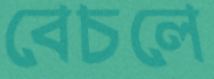
বেচলে